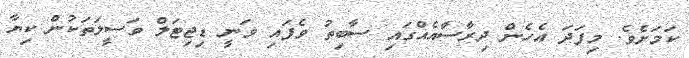
ކަމަށެވެ. މިފަދަ އެހެން ދިރާސާއެއްގައި ސާބިތު ވެފައި ވަނީ ޑިޖިޓަލް ވަސީލަތަކުން ކިޔާ